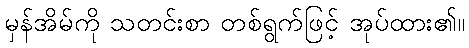
မှန်အိမ်ကို သတင်းစာ တစ်ရွက်ဖြင့် အုပ်ထား၏။